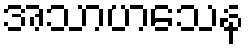
အသာဟသေန